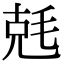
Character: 兞